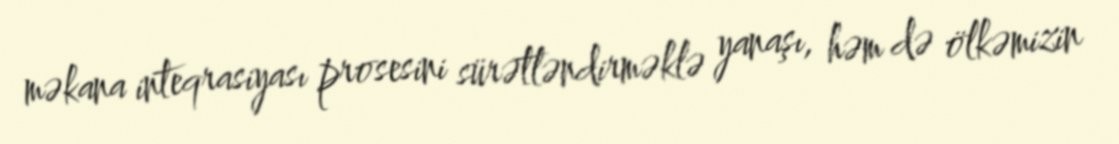
məkana inteqrasiyası prosesini sürətləndirməklə yanaşı, həm də ölkəmizin